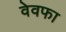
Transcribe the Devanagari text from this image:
वेवफा